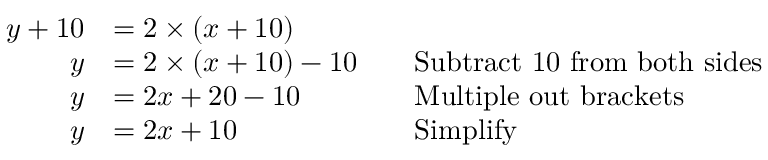
{ \begin{array} { r l r l } { y + 1 0 } & { = 2 \times ( x + 1 0 ) } \\ { y } & { = 2 \times ( x + 1 0 ) - 1 0 } & & { { \mathrm { S u b t r a c t ~ 1 0 ~ f r o m ~ b o t h ~ s i d e s } } } \\ { y } & { = 2 x + 2 0 - 1 0 } & & { { \mathrm { M u l t i p l e ~ o u t ~ b r a c k e t s } } } \\ { y } & { = 2 x + 1 0 } & & { { \mathrm { S i m p l i f y } } } \end{array} }